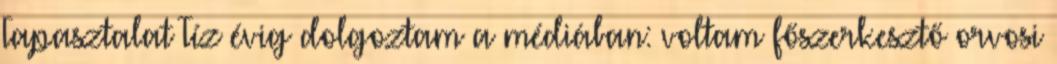
Tapasztalat Tíz évig dolgoztam a médiában: voltam főszerkesztő orvosi